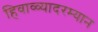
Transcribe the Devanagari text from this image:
हिवाळ्यादरम्यान